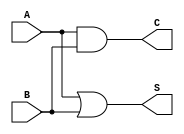
module threshold_half_adder (
    input wire A,    // First binary input
    input wire B,    // Second binary input
    output wire S,   // Sum output
    output wire C    // Carry output
);

// Sum output: S is 1 if A + B >= 1
assign S = (A | B); // Equivalent to A + B  1

// Carry output: C is 1 only if A = 1 and B = 1
assign C = A & B; // Equivalent to A AND B

endmodule